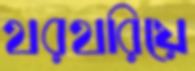
থরথরিয়ে